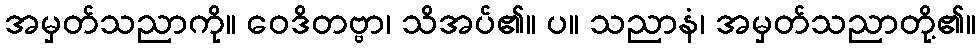
အမှတ်သညာကို။ ဝေဒိတဗ္ဗာ၊ သိအပ်၏။ ပ။ သညာနံ၊ အမှတ်သညာတို့၏။